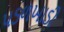
પડળખાડી